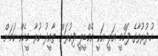
ހުދުރުވާގެ ފަހްމީ އަލީ އަކީ އެމްޑީޕީ ފިކުރަށް ތާއީދު ކުރާ މީހެއް ކަމަށް